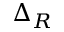
\Delta _ { R }